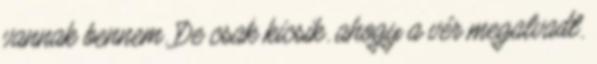
vannak bennem. De csak kicsik. ahogy a vér megalvadt.